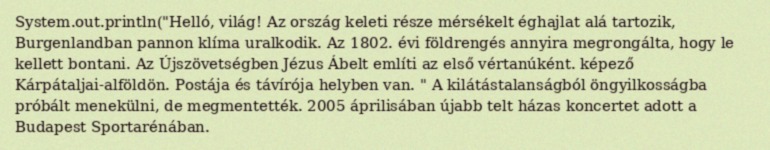
System.out.println("Helló, világ! Az ország keleti része mérsékelt éghajlat alá tartozik, Burgenlandban pannon klíma uralkodik. Az 1802. évi földrengés annyira megrongálta, hogy le kellett bontani. Az Újszövetségben Jézus Ábelt említi az első vértanúként. képező Kárpátaljai-alföldön. Postája és távírója helyben van. " A kilátástalanságból öngyilkosságba próbált menekülni, de megmentették. 2005 áprilisában újabb telt házas koncertet adott a Budapest Sportarénában.